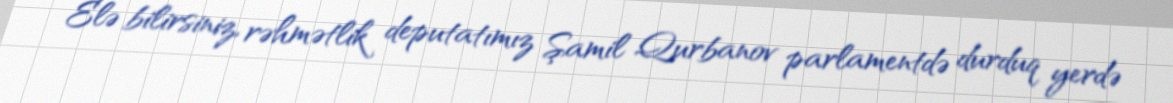
Elə bilirsiniz, rəhmətlik deputatımız Şamil Qurbanov parlamentdə durduq yerdə